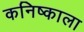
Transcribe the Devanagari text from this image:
कनिष्काला